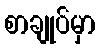
စာချုပ်မှာ